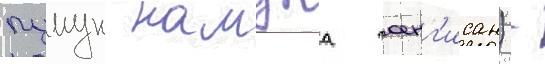
пумун намджа чоенг'исан) -